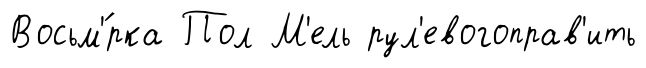
Восьм'́рка Пол М'ель рул'евогоправ'ить